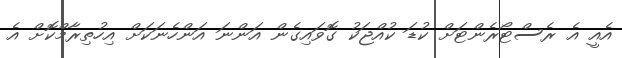
އެއީ އެ ރެސްޓޯރެންޓަށް ކުޑަ ކުއްޖަކު ގޮވައިގެން އަންނަ އަންހެނަކަށް އިހުތިރާމްކޮށް އެ